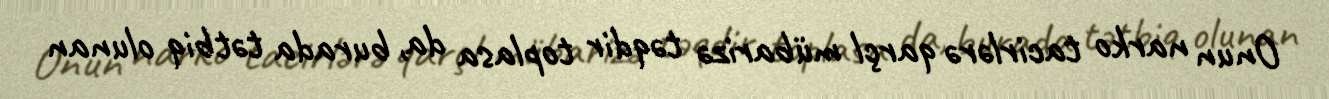
Onun narko tacirlərə qarçl mübarizə təqdir toplasa da, burada tətbiq olunan